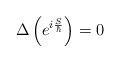
LaTeX: \begin{align*} \Delta \left(e^{i\frac{S}{\hbar}}\right) = 0\end{align*}